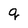
Character: q